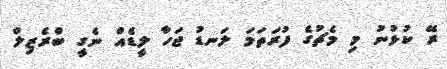
ރޭ ކުޅުނު މި މެޗުގެ ފުރަތަމަ ލަނޑު ޖަހާ ލީޑެއް ނެގީ ބްރެޒިލް